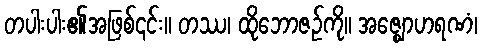
တပါးပါး၏အဖြစ်၎င်း။ တဿ၊ ထိုဘောဇဉ်ကို။ အဇ္ဈောဟရဏံ၊